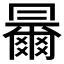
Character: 𠕰